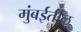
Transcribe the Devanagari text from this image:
मुंबर्इतील